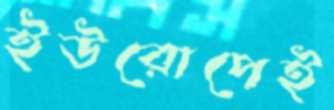
ইউরোপেই